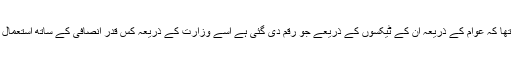
وہ جاننا چاہتا تھا کہ عوام کے ذریعہ ان کے ٹیکسوں کے ذریعے جو رقم دی گئی ہے اسے وزارت کے ذریعہ کس قدر انصافی کے ساتھ استعمال کیا جارہا ہے۔